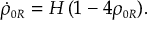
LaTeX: \dot { \rho } _ { \scriptscriptstyle 0 R } = H \, ( 1 - 4 \rho _ { \scriptscriptstyle 0 R } ) .